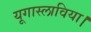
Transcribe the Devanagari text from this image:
यूगास्लाविया।